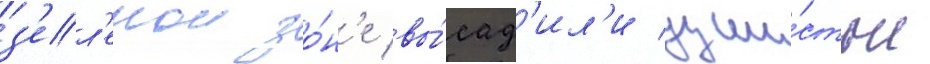
з'ел'енои зо́н'е вы́сад'ил'и души́стые